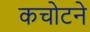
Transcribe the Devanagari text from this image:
कचोटने